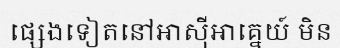
ផ្សេងទៀតនៅអាស៊ីអាគ្នេយ៍ មិន